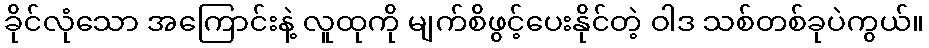
ခိုင်လုံသော အကြောင်းနဲ့ လူထုကို မျက်စိဖွင့်ပေးနိုင်တဲ့ ဝါဒ သစ်တစ်ခုပဲကွယ်။